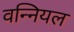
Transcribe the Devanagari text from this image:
वन्नियल